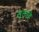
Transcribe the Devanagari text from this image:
सूक्तहि